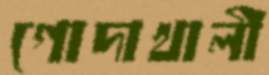
গোদাখালী